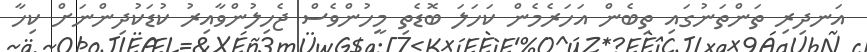
އަނދިރި ތަންތަނުގައި ތިބެން އަހަރެމެން ކަހަލަ ބޮޑެތި މީހުންވެސް ޖެހިލުންވާއިރު ކުޑަކުދިންނަށް ކިހާ